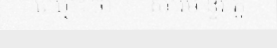
"""ឈ្មោះ ថា """" សារម ន្ទីរ ភ្នំ"""